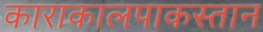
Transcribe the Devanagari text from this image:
काराकालपाकस्तान